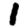
Digit: 1